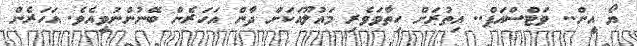
ޔޯ އީން.. ވަޓްސްއަޕް.. އިތުރަށް ހިތާވަވެރި މައުލޫއަކަށް ދާން އަހަރެން ބޭނުންނުވީއެވެ. އަހަރެން